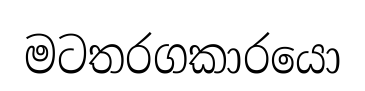
මටතරගකාරයො